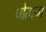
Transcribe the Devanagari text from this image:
पोतानां